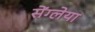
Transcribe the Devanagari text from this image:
सेंग्लेया